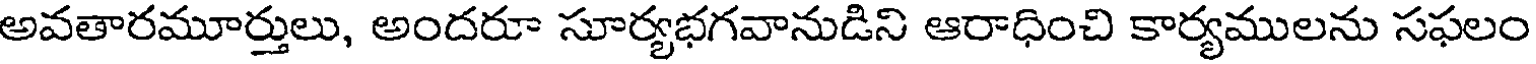
అవతారమూర్తులు, అందరూ సూర్యభగవానుడిని ఆరాధించి కార్యములను సఫలం